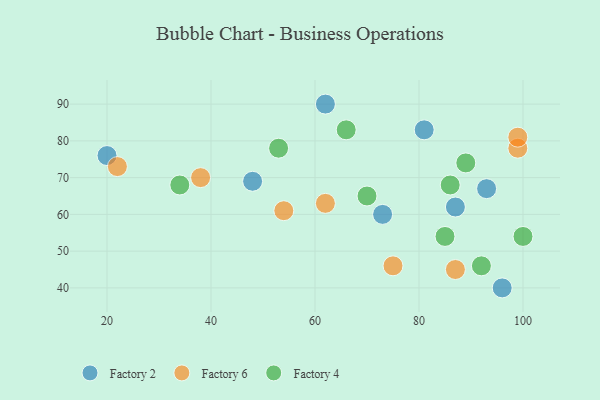
{"axis": {"x": "GDP", "y": "Life Expectancy"}, "legend": ["Factory 2", "Factory 4", "Factory 6"], "data": [{"x": "20", "y": 76, "type": "Factory 2"}, {"x": "62", "y": 90, "type": "Factory 2"}, {"x": "96", "y": 40, "type": "Factory 2"}, {"x": "73", "y": 60, "type": "Factory 2"}, {"x": "48", "y": 69, "type": "Factory 2"}, {"x": "81", "y": 83, "type": "Factory 2"}, {"x": "93", "y": 67, "type": "Factory 2"}, {"x": "87", "y": 62, "type": "Factory 2"}, {"x": "22", "y": 73, "type": "Factory 6"}, {"x": "75", "y": 46, "type": "Factory 6"}, {"x": "87", "y": 45, "type": "Factory 6"}, {"x": "99", "y": 78, "type": "Factory 6"}, {"x": "54", "y": 61, "type": "Factory 6"}, {"x": "38", "y": 70, "type": "Factory 6"}, {"x": "62", "y": 63, "type": "Factory 6"}, {"x": "99", "y": 81, "type": "Factory 6"}, {"x": "86", "y": 68, "type": "Factory 4"}, {"x": "66", "y": 83, "type": "Factory 4"}, {"x": "92", "y": 46, "type": "Factory 4"}, {"x": "70", "y": 65, "type": "Factory 4"}, {"x": "34", "y": 68, "type": "Factory 4"}, {"x": "89", "y": 74, "type": "Factory 4"}, {"x": "85", "y": 54, "type": "Factory 4"}, {"x": "100", "y": 54, "type": "Factory 4"}, {"x": "53", "y": 78, "type": "Factory 4"}]}